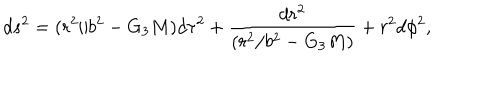
LaTeX: d s ^ { 2 } = ( r ^ { 2 } / b ^ { 2 } - G _ { 3 } M ) d \tau ^ { 2 } + { \frac { d r ^ { 2 } } { ( r ^ { 2 } / b ^ { 2 } - G _ { 3 } M ) } } + r ^ { 2 } d \phi ^ { 2 } ,